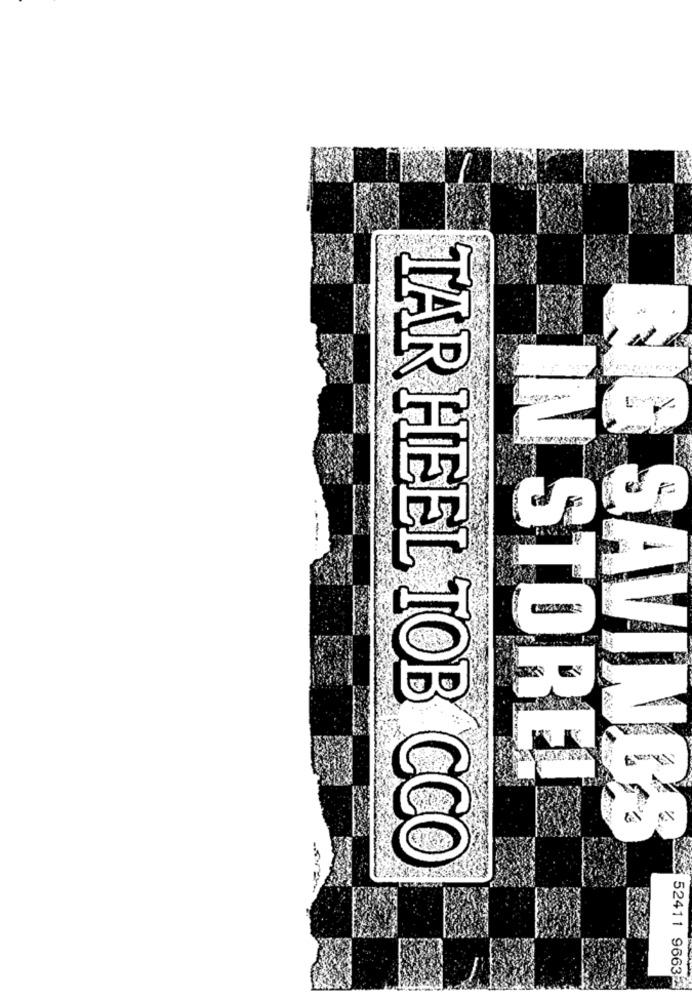
IN STORE!
IG SAVINGS
TAR HEEL TOB CCO
52411 96632